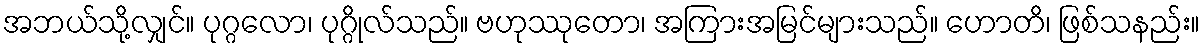
အဘယ်သို့လျှင်။ ပုဂ္ဂလော၊ ပုဂ္ဂိုလ်သည်။ ဗဟုဿုတော၊ အကြားအမြင်များသည်။ ဟောတိ၊ ဖြစ်သနည်း။